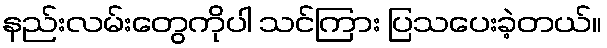
နည်းလမ်းတွေကိုပါ သင်ကြား ပြသပေးခဲ့တယ်။